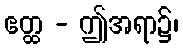
ဧတ္ထ - ဤအရာ၌၊